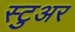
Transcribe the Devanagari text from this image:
स्टुअर